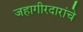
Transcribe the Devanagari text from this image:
जहागीरदारांचे